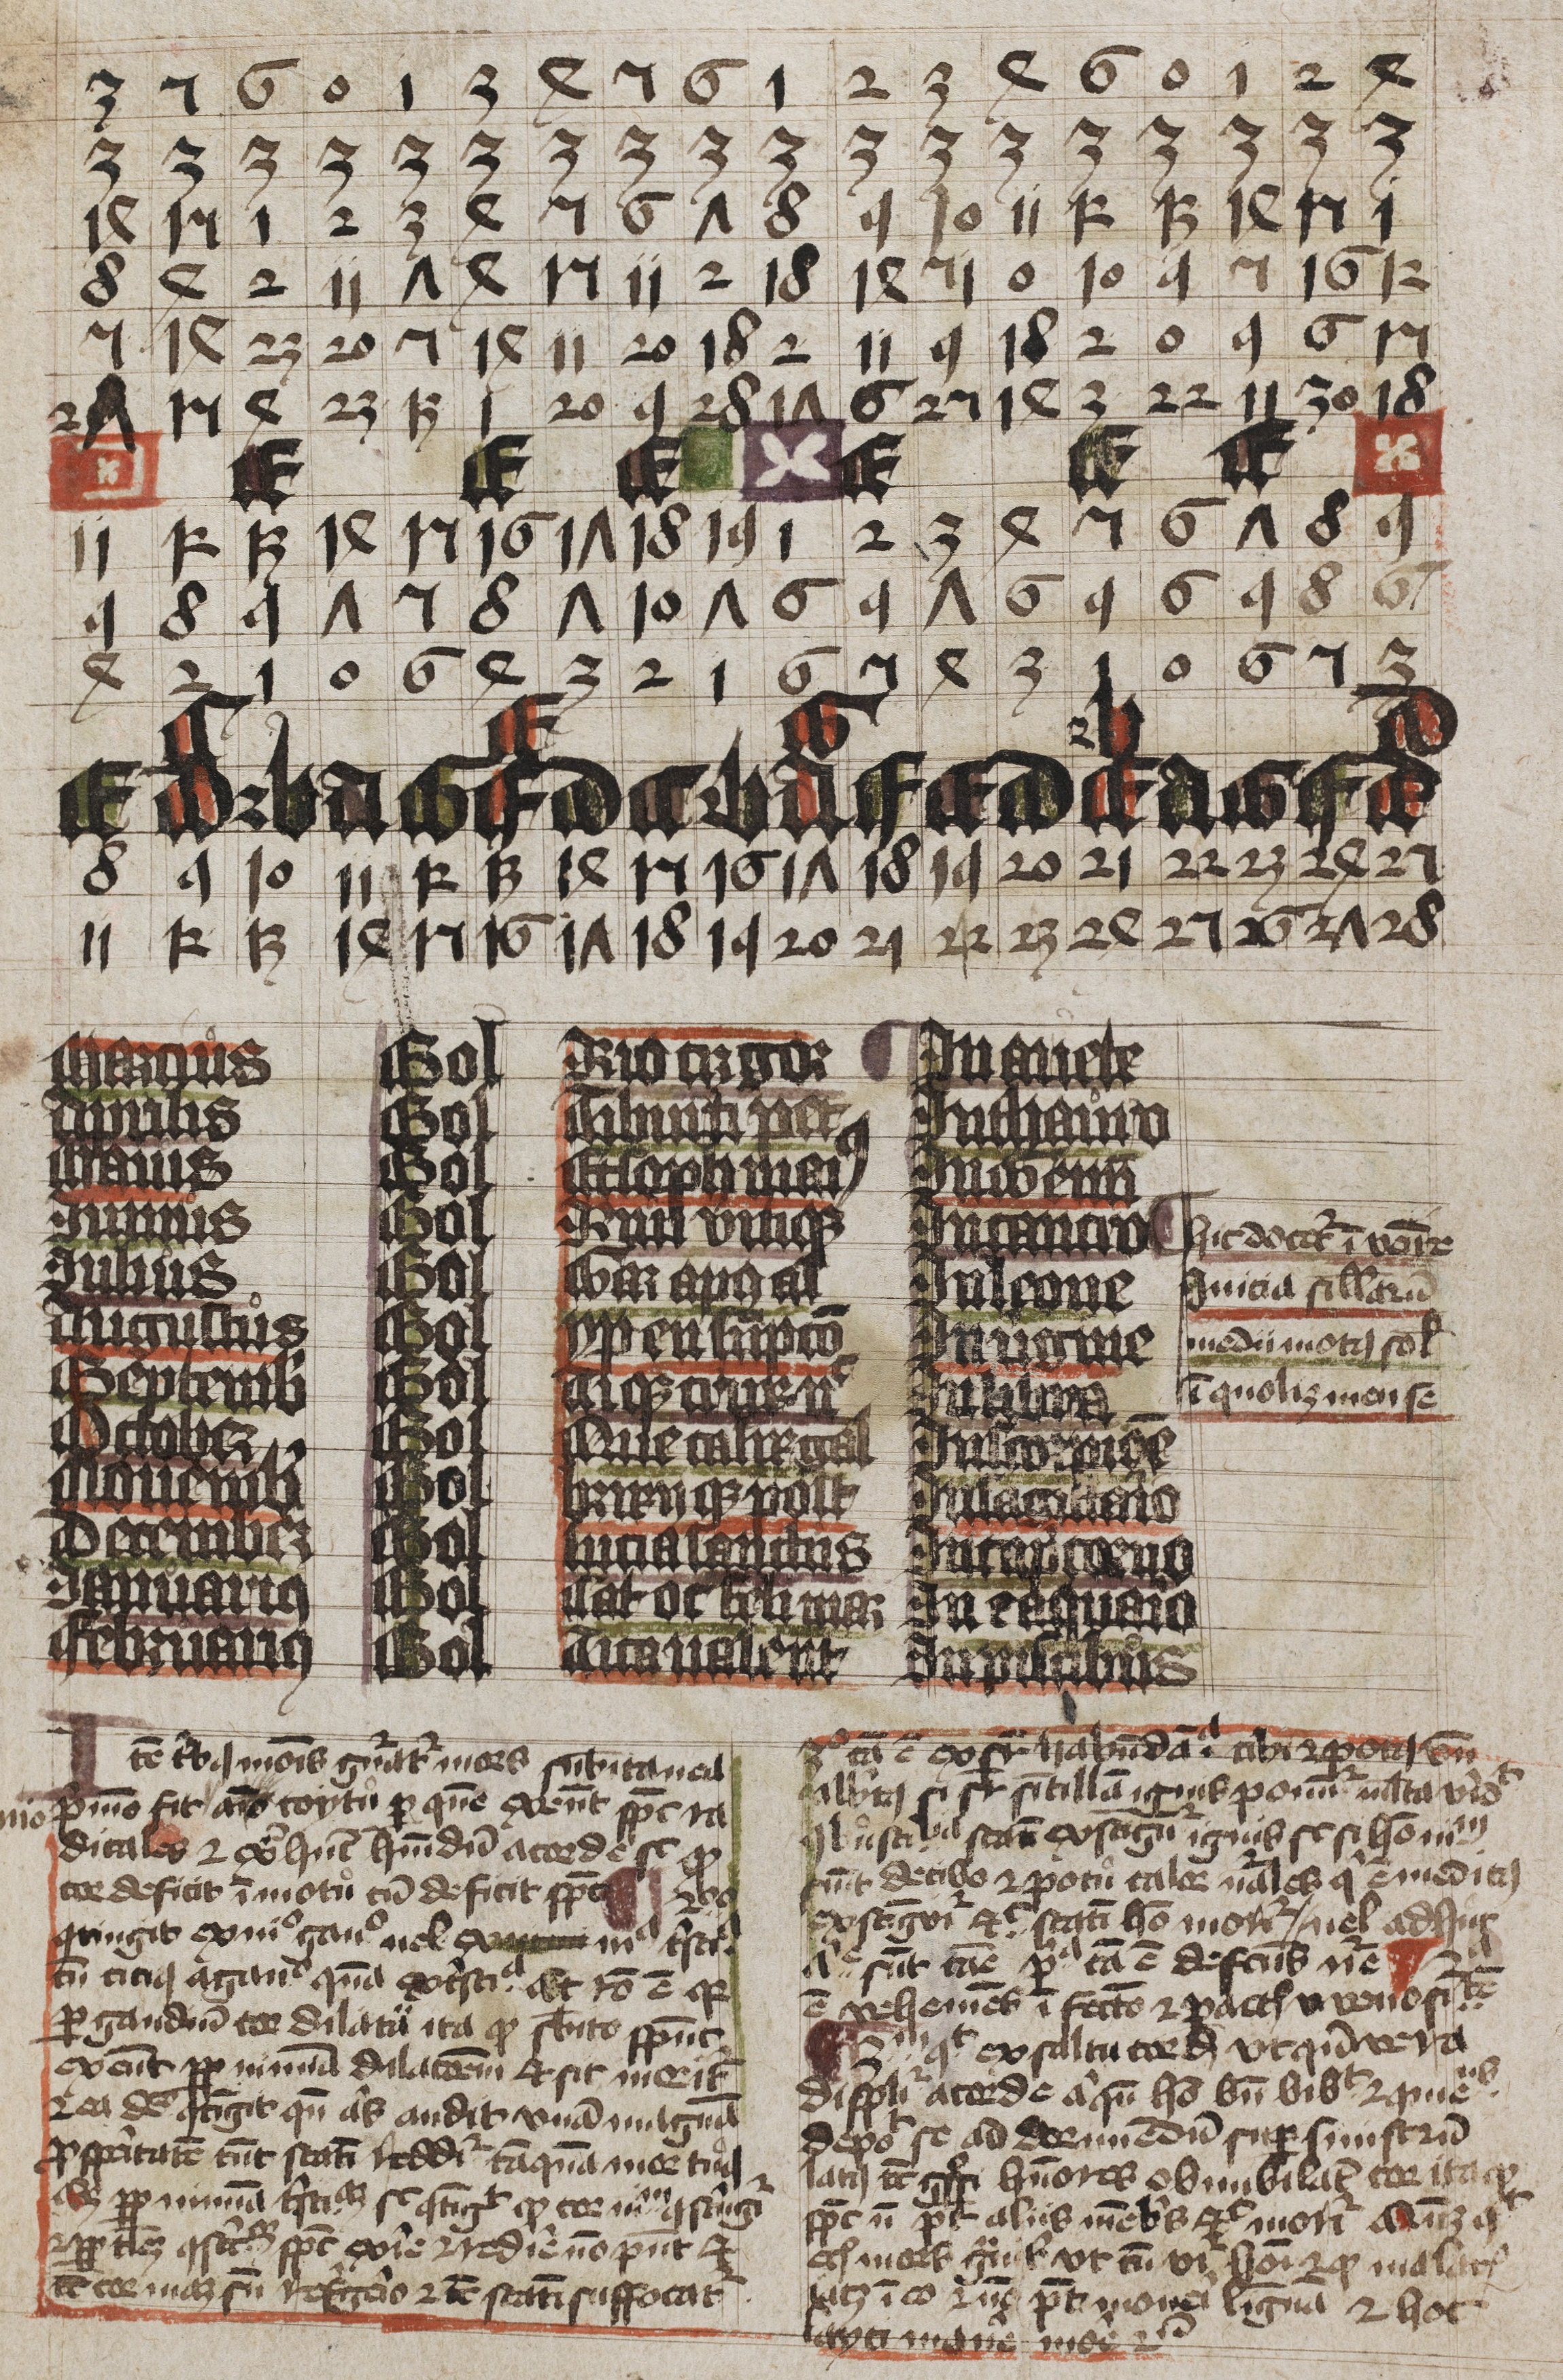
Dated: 1400–1449